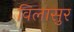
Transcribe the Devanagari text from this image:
विलासुर